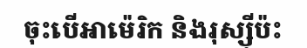
ចុះបើអាម៉េរិក និងរុស្ស៊ីប៉ះ